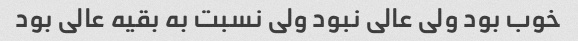
خوب بود ولی عالی نبود ولی نسبت به بقیه عالی بود